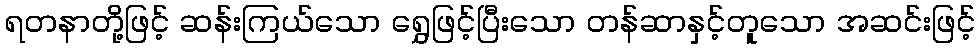
ရတနာတို့ဖြင့် ဆန်းကြယ်သော ရွှေဖြင့်ပြီးသော တန်ဆာနှင့်တူသော အဆင်းဖြင့်